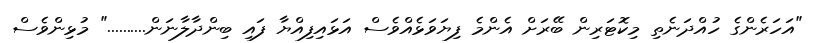
"އަހަރެންގެ ހުއްދަނެތި މިކޮޓަރިން ބޭރަށް އެންމެ ފިޔަވަޅެއްވެސް އަޅައިފިއްޔާ ފައި ބިންދާލާނަން.........." މުޅިންވެސް